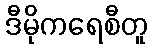
ဒီမိုကရေစီတူ